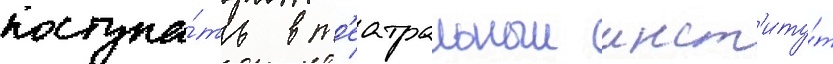
поступа́ть в т'еатральныи инст'иту́т